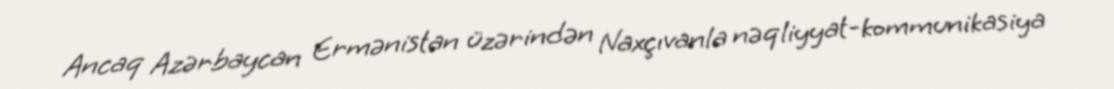
Ancaq Azərbaycan Ermənistan üzərindən Naxçıvanla nəqliyyat-kommunikasiya